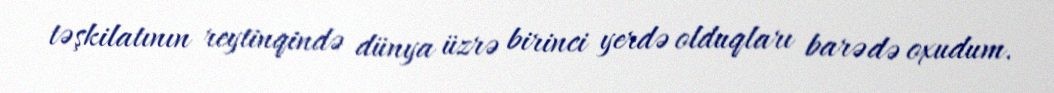
təşkilatının reytinqində dünya üzrə birinci yerdə olduqları barədə oxudum.